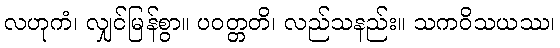
လဟုကံ၊ လျှင်မြန်စွာ။ ပဝတ္တတိ၊ လည်သနည်း။ သကဝိသယဿ၊